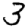
Digit: 3